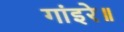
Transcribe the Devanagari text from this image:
गांइरे॥